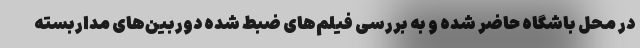
در محل باشگاه حاضر شده و به بررسی فیلم‌های ضبط شده دوربین‌های مداربسته